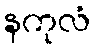
နကုလံ